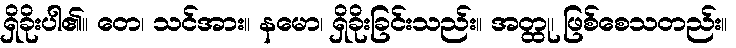
ရှိခိုးပါ၏။ တေ၊ သင်အား။ နမော၊ ရှိခိုးခြင်းသည်း။ အတ္ထု၊ ဖြစ်စေသတည်း။